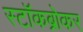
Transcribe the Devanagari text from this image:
स्‍टॉकब्रोकर